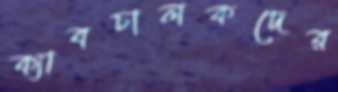
ক্যাবচালকদের